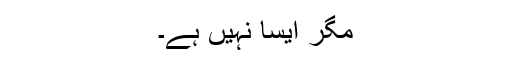
مگر ایسا نہیں ہے۔